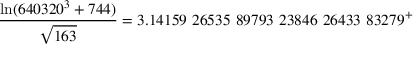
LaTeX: { \frac { \ln ( 6 4 0 3 2 0 ^ { 3 } + 7 4 4 ) } { \sqrt { 1 6 3 } } } = 3 . 1 4 1 5 9 \ 2 6 5 3 5 \ 8 9 7 9 3 \ 2 3 8 4 6 \ 2 6 4 3 3 \ 8 3 2 7 9 ^ { + }